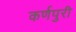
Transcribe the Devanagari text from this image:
कर्णपुरी